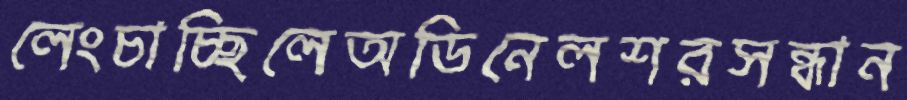
লেংচাচ্ছিলেঅডিনেলশরসন্ধান